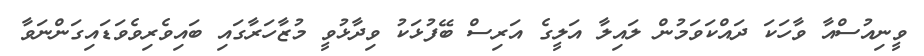
ވީނިއުސްއާ ވާހަކަ ދައްކަވަމުން ލައިލާ އަލީގެ އަރިސް ބޭފުޅަކު ވިދާޅުވީ މުޒާހަރާގައި ބައިވެރިވެވަޑައިގަންނަވާ